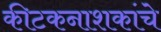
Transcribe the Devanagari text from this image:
कीटकनाशकांचे